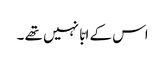
اس کے ابّا نہیں تھے ۔